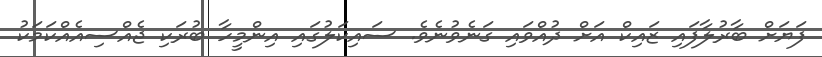
ފަޔަށް ބާރުލާފައި ޒައިކް އަށް ދުއްވައި ގަނެވުނެވެ. ސައިކަލުގައި އިންމީހާ ބުރަކި ޖެއްސިއެއްކަމަކު